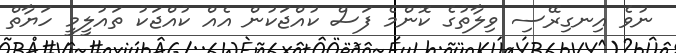
ނުވެ އިނގިރޭސި ވިލާތުގެ ކޮންމެ ފަސް ކުއްޖަކުން އެއް ކުއްޖަކު ތައުލީމީ ހަޔާތް